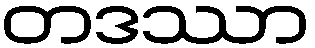
တဒဿာ